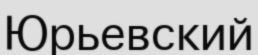
Юрьевский